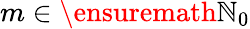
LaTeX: m\in\ensuremath{\mathbb{N}}_{0}